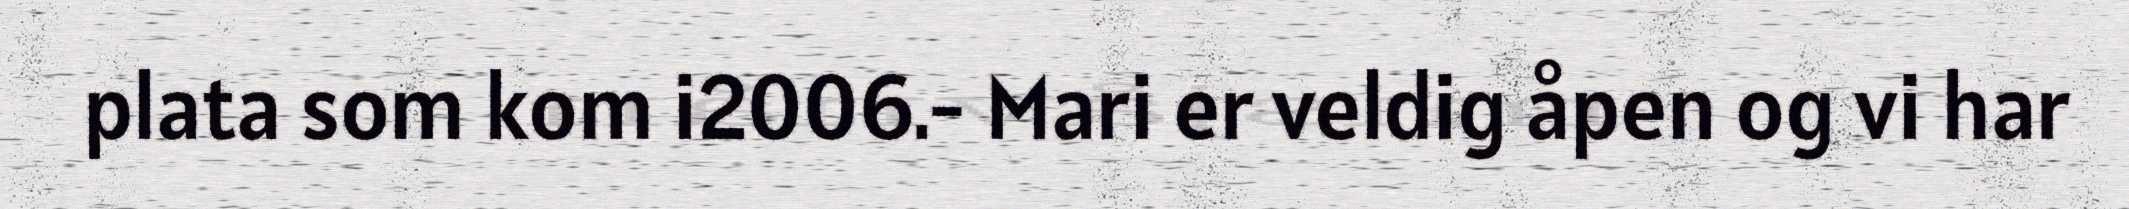
plata som kom i2006.- Mari er veldig åpen og vi har